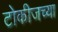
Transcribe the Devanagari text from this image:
टोकीजच्या